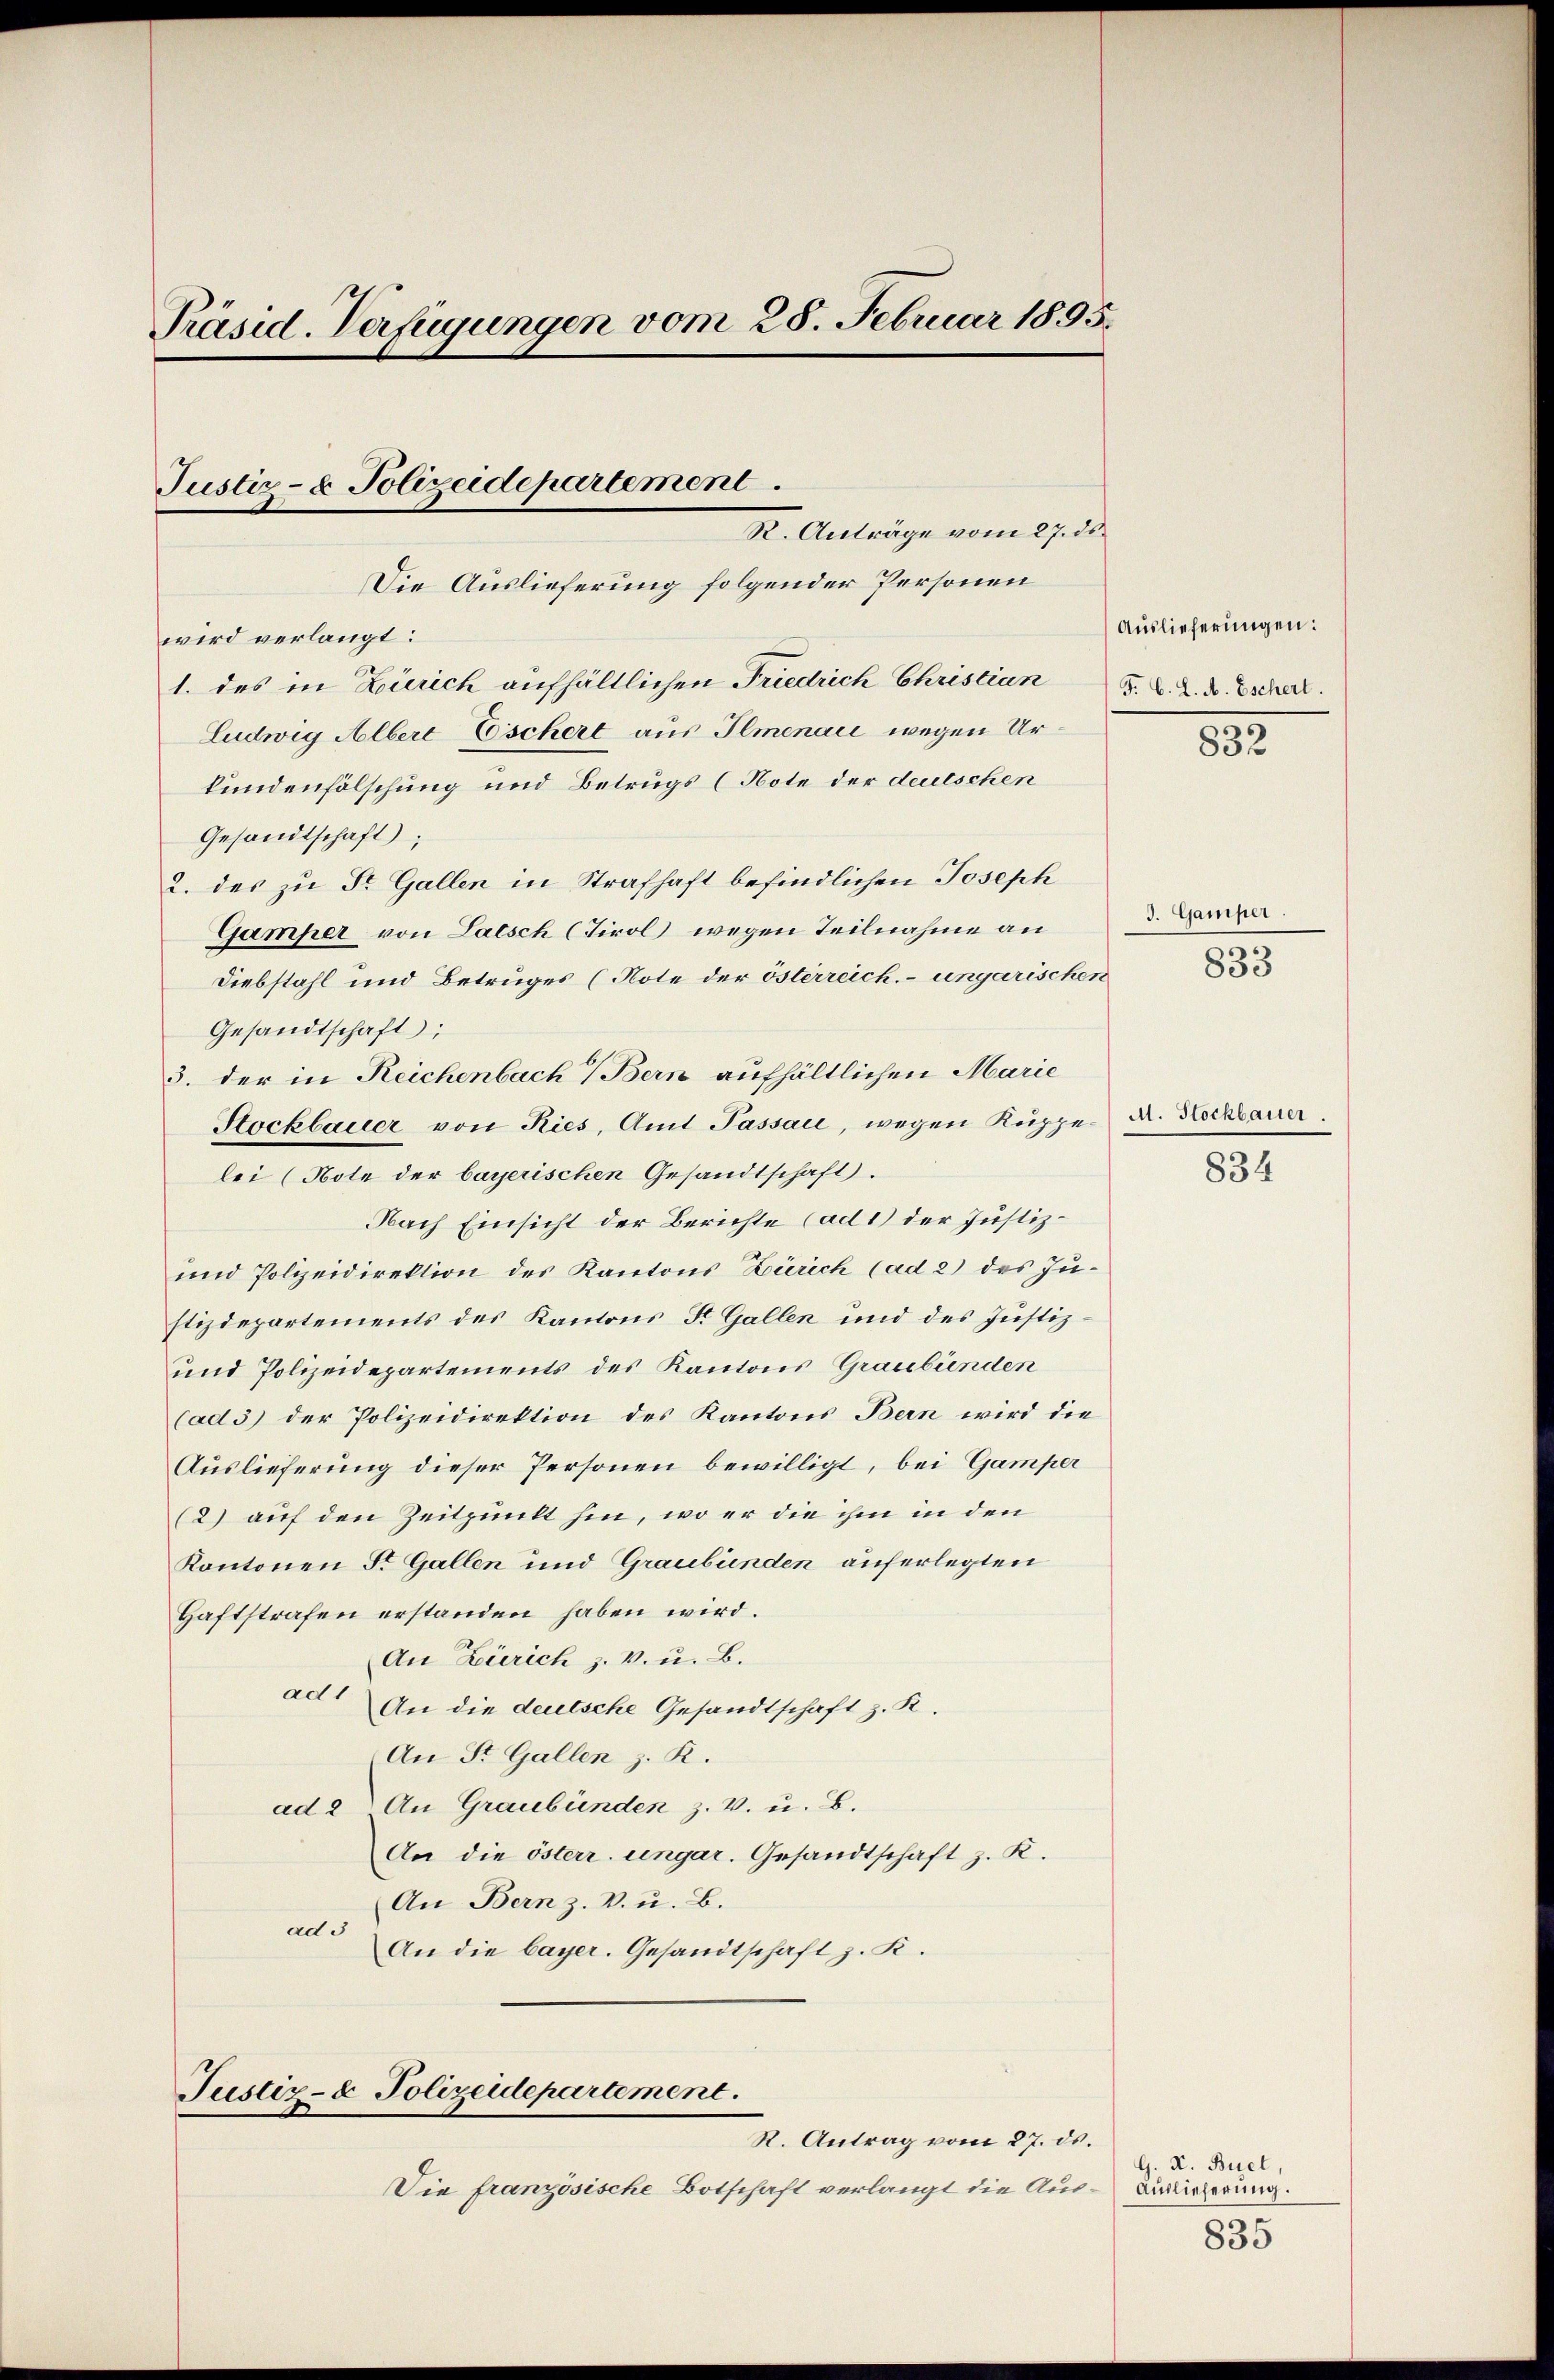
Präsid. Verfügungen vom 28. Februar 1895.

Die Auslieferung folgender Personen
wird verlangt:
1. des in Zürich aufhältlichen Friedrich Christian F. L. Z. B. Eschert.
Ludwig Albert Eschert aus Ilmenace wegen Urkundenfölschung und Betrugs (Note der deutschen
Gesandtschaft;
2. des zu Dr. Gallen in Strafhaft befindlichen Joseph
Gamper von Latsch (Tirol wegen Teilnahme an
Diebstahl und Betruges (Note der österreich. – ungarischen
Gesandtschaft;
3. der in Reichenbach Bern aufhältlichen Marie
Stockbauer von Ries, Amt Passau, wegen Kuppe
lei (Note der bayerischen Gesandtschaft.
Nach Einsicht der Berichte (ad 1) der Justiz¬
und Polizeidirektion des Kantons Zürich (ad 2) des Justizdepartements des Kantons St. Gallen und des Justiz¬
und Polizeidepartements des Kantons Graubünden
(ad 3) der Polizeidirektion des Kantons Bern wird die
Auslieferung dieser Personen bewilligt, bei Gamper
(2) auf den Zeitpunkt hin, wo er die ihm in den
Kantonen St. Gallen und Graubünden auferlegten
Haftstrafen erstanden haben wird.
An Zürich z. v. u. B.
ad 1
An die deutsche Gesandtschaft z. R.
An St. Gallen z. R.
ad 2) An Graubünden z. V. u. B.
An die österr. ungar. Gesandtschaft z. K.
An Bern z. B. u. B.
ad 5
An die bayer. Gesandtschaft z. R.

Justiz- & Polizeidepartement.

K. Anträge vom 27. ds.

Justiz- & Polizeidepartement.
R. Antrag vom 27. ds.

Die französische Botschaft verlangt die Aus-Berlicherung.

Auslieferungen:

832

d. Gamper.
833

M. Stockbauer.

834

G. K. Buel,
835